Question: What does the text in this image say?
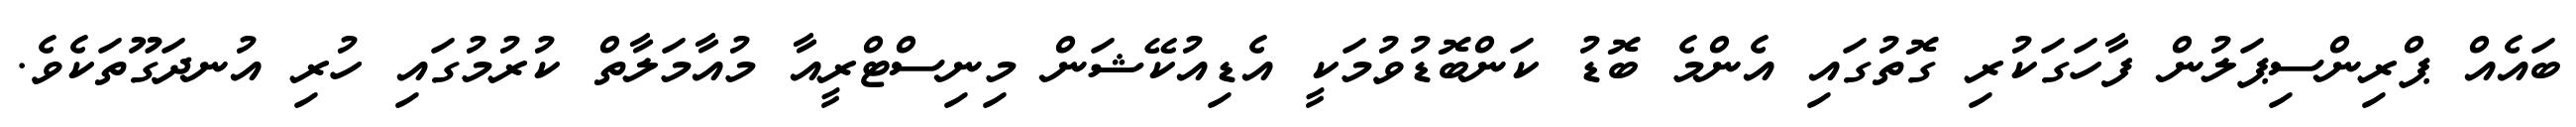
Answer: ބައެއް ޕްރިންސިޕަލުން ފާހަގަކުރި ގޮތުގައި އެންމެ ބޮޑު ކަންބޮޑުވުމަކީ އެޑިއުކޭޝަން މިނިސްޓްރީއާ މުއާމަލާތް ކުރުމުގައި ހުރި އުނދަގޫތަކެވެ.